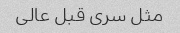
مثل سری قبل عالی